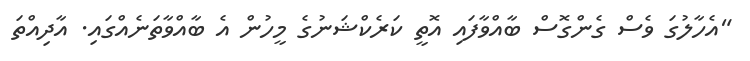
"އެހާލުގަ ވެސް ގެންގޮސް ބާއްވާފައި އޮތީ ކަރެކްޝަނުގެ މީހުން އެ ބާއްވާތަނެއްގައި. އާދިއްތަ